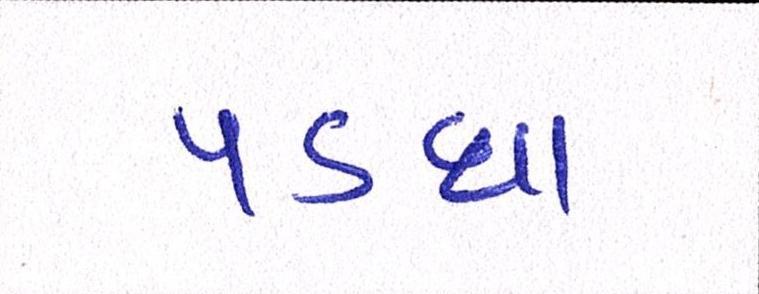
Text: પડઘા